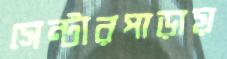
সেন্টারপাড়ায়